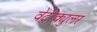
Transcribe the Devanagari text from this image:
वेंट्रीक्युलर